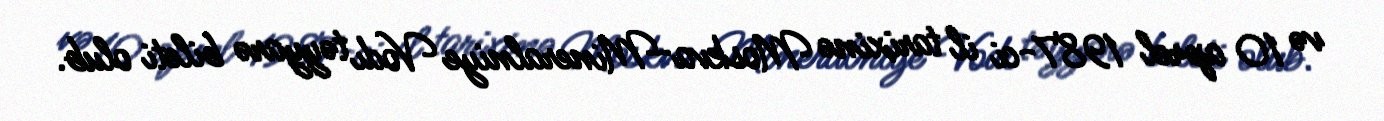
və 10 aprel 1987-ci il tarixinə Moskva-Mineralniye Vodı təyyarə bileti olub.